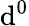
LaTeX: \mathrm{d}^{0}